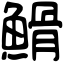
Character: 䱻